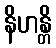
နိဟန္တိ